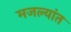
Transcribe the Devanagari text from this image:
मजल्यांत